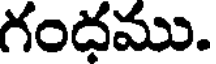
గంధము.